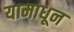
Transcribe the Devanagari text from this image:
यामाधून